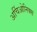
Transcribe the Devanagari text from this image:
अर्चिओनिक्स